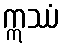
ဣဿံ